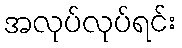
အလုပ်လုပ်ရင်း